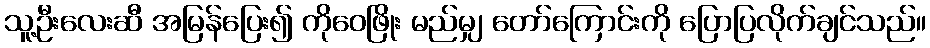
သူ့ဦးလေးဆီ အမြန်ပြေး၍ ကိုဝေဖြိုး မည်မျှ တော်ကြောင်းကို ပြောပြလိုက်ချင်သည်။